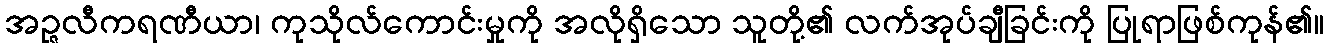
အဉ္ဇလီကရဏီယာ၊ ကုသိုလ်ကောင်းမှုကို အလိုရှိသော သူတို့၏ လက်အုပ်ချီခြင်းကို ပြုရာဖြစ်ကုန်၏။